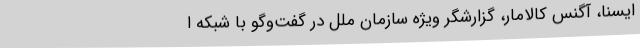
ایسنا، آگنس کالامار، گزارشگر ویژه سازمان ملل در گفت‌وگو با شبکه ا